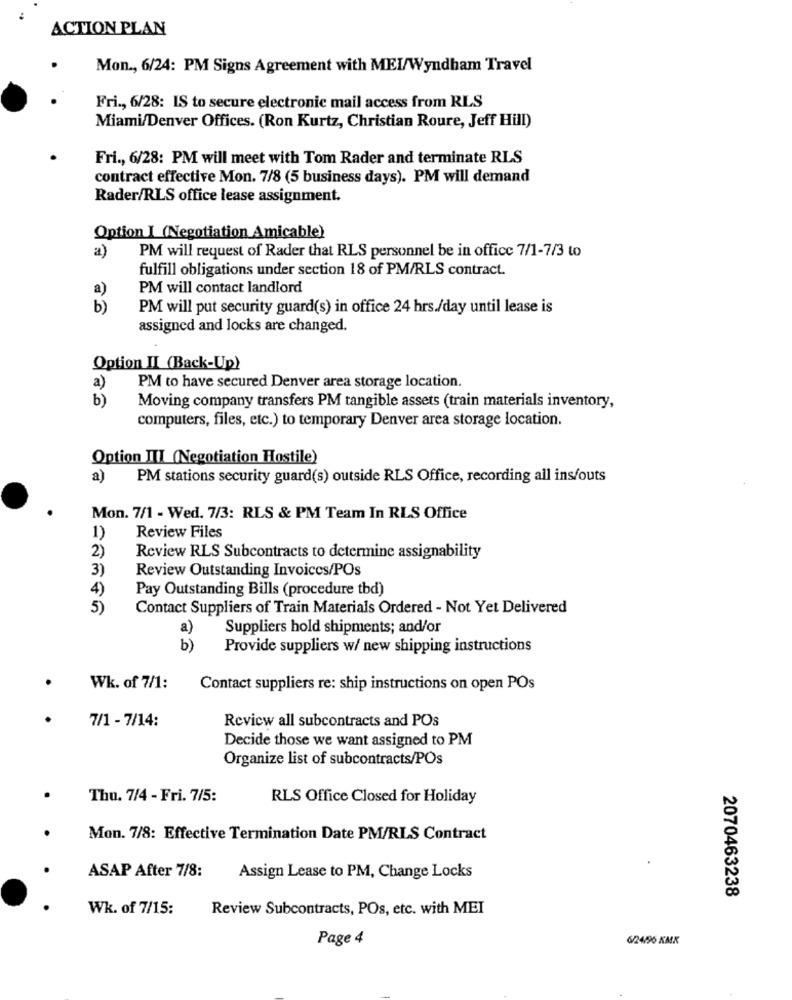
ACTION PLAN
Mon ., 6/24: PM Signs Agreement with MEI/Wyndham Travel
Fri ., 6/28: IS to secure electronic mail access from RLS
Miami/Denver Offices. (Ron Kurtz, Christian Roure, Jeff Hill)
Fri ., 6/28: PM will meet with Tom Rader and terminate RLS
contract effective Mon. 7/8 (5 business days). PM will demand
Rader/RLS office lease assignment.
Option I (Negotiation Amicable)
PM will request of Rader that RLS personnel be in office 7/1-7/3 to
a)
fulfill obligations under section 18 of PM/RLS contract.
a)
PM will contact landlord
b)
PM will put security guard(s) in office 24 hrs./day until lease is
assigned and locks are changed.
Option II (Back-Up)
a)
PM to have secured Denver area storage location.
b)
Moving company transfers PM tangible assets (train materials inventory,
computers, files, etc.) to temporary Denver area storage location.
Option III (Negotiation Hostile)
a)
PM stations security guard(s) outside RLS Office, recording all ins/outs
Mon. 7/1 - Wed. 7/3: RLS & PM Team In RLS Office
1)
Review Files
2)
Review RLS Subcontracts to determine assignability
3)
Review Outstanding Invoices/POs
4)
Pay Outstanding Bills (procedure tbd)
5)
Contact Suppliers of Train Materials Ordered - Not Yet Delivered
a)
Suppliers hold shipments; and/or
b)
Provide suppliers w/ new shipping instructions
.
Wk. of 7/1:
Contact suppliers re: ship instructions on open POs
7/1 - 7/14:
Review all subcontracts and POs
Decide those we want assigned to PM
Organize list of subcontracts/POs
Thu. 7/4 - Fri. 7/5:
RLS Office Closed for Holiday
Mon. 7/8: Effective Termination Date PM/RLS Contract
ASAP After 7/8:
Assign Lease to PM, Change Locks
2070463238
Wk. of 7/15:
Review Subcontracts, POs, etc. with MEI
Page 4
6/24/96 KMK